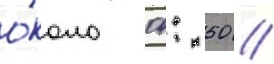
о́коло 04: 50 //